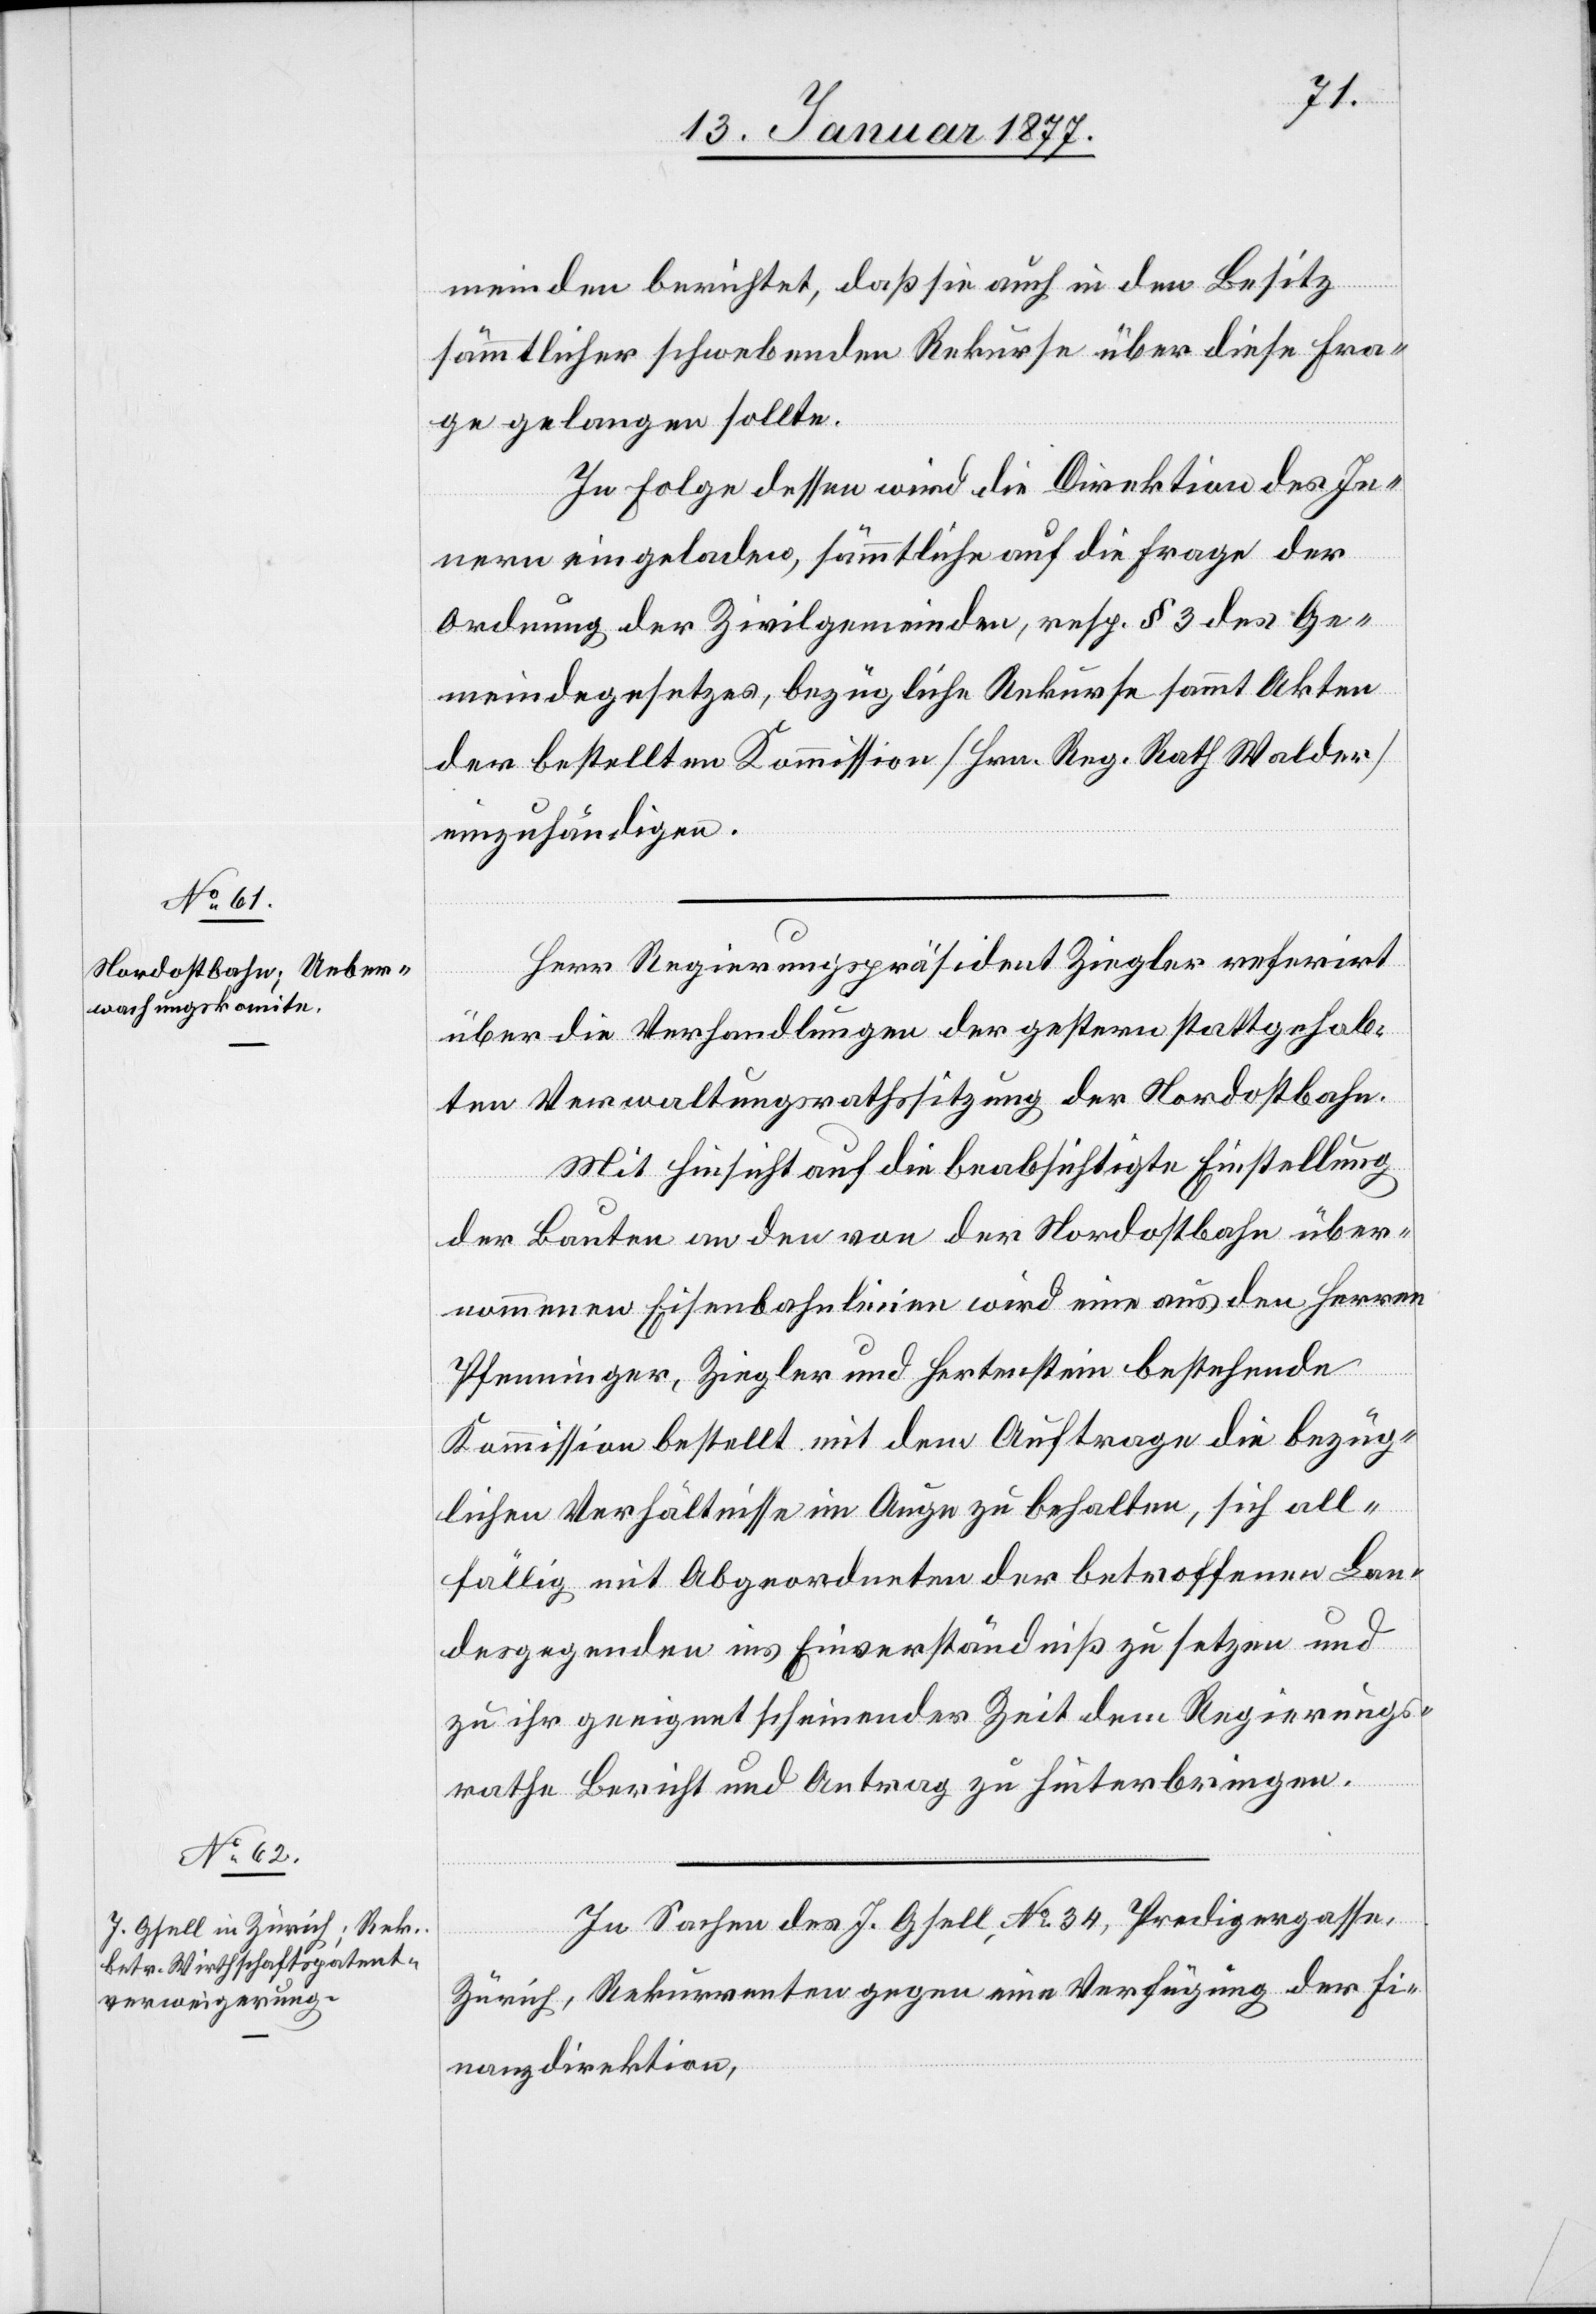
meinden berichtet, daß sie auch in den Besitz
sämmtlicher schwebender Rekurse über diese Fra¬
ge gelangen sollte.
In Folge dessen wird die Direktion des In¬
nern eingeladen, sämmtliche auf die Frage der
Ordnung der Zivilgemeinden, resp. § 3 des Ge¬
meindegesetzes, bezügliche Rekurse sammt Akten
der bestellten Kommission [Hrn. Reg. Rath Walder]
einzuhändigen.
Herr Regierungspräsident Ziegler referirt
über die Verhandlungen der gestern stattgehab¬
ten Verwaltungsrathssitzung der Nordostbahn.
Mit Hinsicht auf die beabsichtigte Einstellung
der Bauten an den von der Nordostbahn über¬
nommenen Eisenbahnlinien wird eine aus den Herren
Pfenninger, Ziegler und Hertenstein bestehende
Kommission bestellt mit dem Auftrage die bezüg¬
lichen Verhältnisse im Auge zu behalten, sich all¬
fällig mit Abgeordneten der betroffenen Lan¬
desgegenden ins Einverständniß zu setzen und
zu ihr geeignet scheinender Zeit dem Regierungs¬
rathe Bericht und Antrag zu hinterbringen.
In Sachen des J. Gsell, No 32, Predigergasse,
Zürich, Rekurrenten gegen eine Verfügung der Fi¬
nanzdirektion,